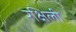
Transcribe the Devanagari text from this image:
रक्षिली